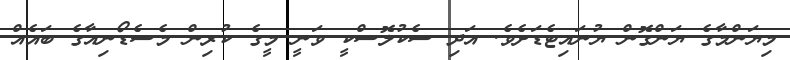
މިޔަންމާގެ ޔަންގޮން ޔުނައިޓެޑަށެވެ. އަދި ސެކުލޮސްކީ ވަނީ މީގެ ކުރިން މެސެޑޯނިއާގެ ބައެއް